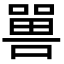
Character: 嘼